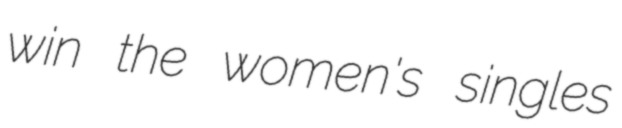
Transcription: win the women's singles